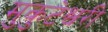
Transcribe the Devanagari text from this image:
मुकुटेश्वरी